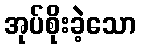
အုပ်စိုးခဲ့သော